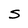
Character: S